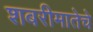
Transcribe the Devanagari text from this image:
शबरीमातेचे